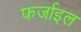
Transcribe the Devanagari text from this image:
फर्जाइल